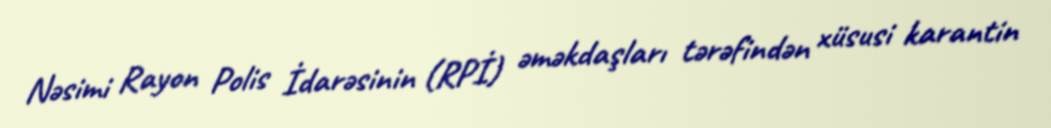
Nəsimi Rayon Polis İdarəsinin (RPİ) əməkdaşları tərəfindən xüsusi karantin